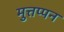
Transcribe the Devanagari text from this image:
मुत्तप्पन